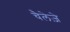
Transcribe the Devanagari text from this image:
चैलेज़े